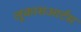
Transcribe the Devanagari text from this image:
लूकासआर्टस